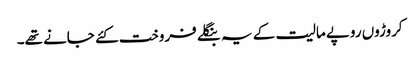
کروڑوں روپے مالیت کے یہ بنگلے فروخت کئے جانے تھے۔